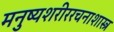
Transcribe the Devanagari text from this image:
मनुष्यशरीररचनाशास्त्र